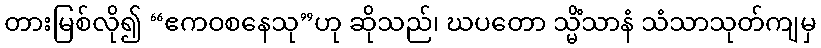
တားမြစ်လို၍ “ဧကဝစနေသု”ဟု ဆိုသည်၊ ဃပတော သ္မိံသာနံ သံသာသုတ်ကျမှ